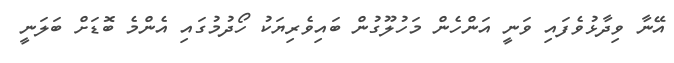
އޭނާ ވިދާޅުވެފައި ވަނީ އަންހެން މަހުލޫގުން ބައިވެރިޔަކު ހޯދުމުގައި އެންމެ ބޮޑަށް ބަލަނީ